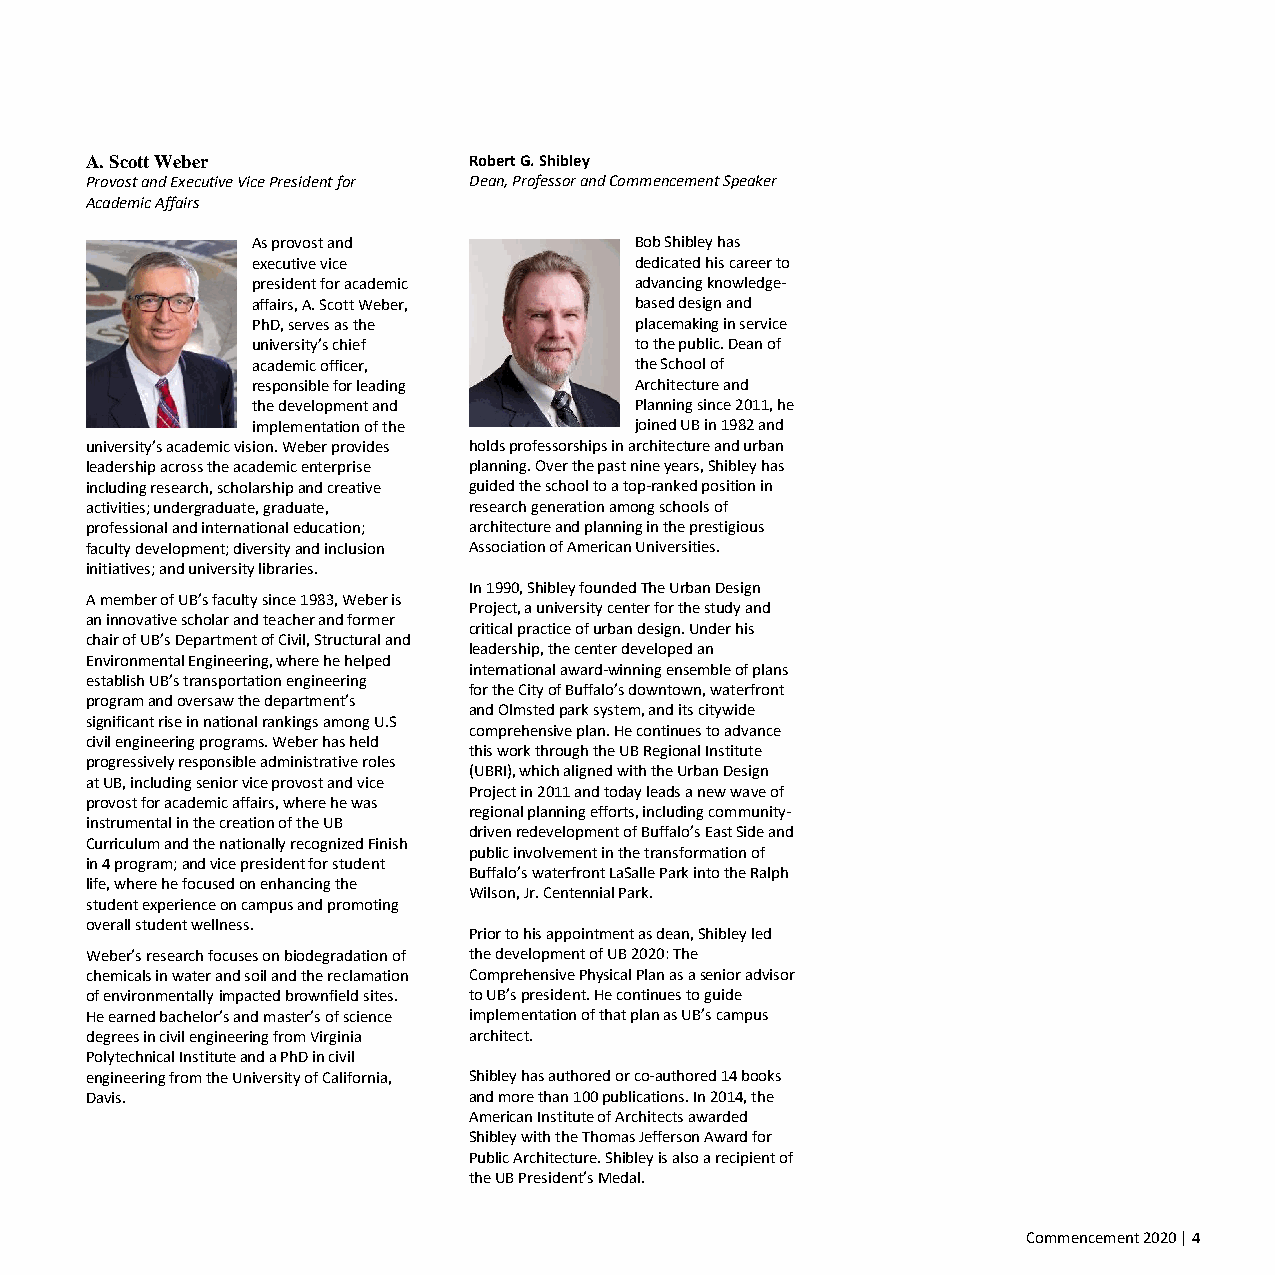
A. Scott Weber           Robert G. Shibley
 Provost and Executive Vice President for Dean, Professor and Commencement Speaker
 Academic Affairs
 As provost and           Bob Shibley has
 executive vice           dedicated his career to
 president for academic   advancing knowledge-
 affairs, A. Scott Weber, based design and
 PhD, serves as the       placemaking in service
 university’s chief       to the public. Dean of
 academic officer,        the School of
 responsible for leading  Architecture and
 the development and      Planning since 2011, he
 implementation of the    joined UB in 1982 and
 university’s academic vision. Weber provides holds professorships in architecture and urban
 leadership across the academic enterprise planning. Over the past nine years, Shibley has
 including research, scholarship and creative guided the school to a top-ranked position in
 activities; undergraduate, graduate, research generation among schools of
 professional and international education; architecture and planning in the prestigious
 faculty development; diversity and inclusion Association of American Universities.
 initiatives; and university libraries.
 In 1990, Shibley founded The Urban Design
 A member of UB’s faculty since 1983, Weber is
 Project, a university center for the study and
 an innovative scholar and teacher and former
 critical practice of urban design. Under his
 chair of UB’s Department of Civil, Structural and
 leadership, the center developed an
 Environmental Engineering, where he helped
 international award-winning ensemble of plans
 establish UB’s transportation engineering
 for the City of Buffalo’s downtown, waterfront
 program and oversaw the department’s
 and Olmsted park system, and its citywide
 significant rise in national rankings among U.S
 comprehensive plan. He continues to advance
 civil engineering programs. Weber has held
 this work through the UB Regional Institute
 progressively responsible administrative roles
 (UBRI), which aligned with the Urban Design
 at UB, including senior vice provost and vice
 Project in 2011 and today leads a new wave of
 provost for academic affairs, where he was
 regional planning efforts, including community-
 instrumental in the creation of the UB
 driven redevelopment of Buffalo’s East Side and
 Curriculum and the nationally recognized Finish
 public involvement in the transformation of
 in 4 program; and vice president for student
 Buffalo’s waterfront LaSalle Park into the Ralph
 life, where he focused on enhancing the
 Wilson, Jr. Centennial Park.
 student experience on campus and promoting
 overall student wellness.
 Prior to his appointment as dean, Shibley led
 Weber’s research focuses on biodegradation of the development of UB 2020: The
 chemicals in water and soil and the reclamation Comprehensive Physical Plan as a senior advisor
 of environmentally impacted brownfield sites. to UB’s president. He continues to guide
 He earned bachelor’s and master’s of science implementation of that plan as UB’s campus
 degrees in civil engineering from Virginia architect.
 Polytechnical Institute and a PhD in civil
 engineering from the University of California, Shibley has authored or co-authored 14 books
 Davis.                   and more than 100 publications. In 2014, the
 American Institute of Architects awarded
 Shibley with the Thomas Jefferson Award for
 Public Architecture. Shibley is also a recipient of
 the UB President’s Medal.
 Commencement 2020 | 4